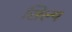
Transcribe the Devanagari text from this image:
सिल्प